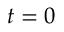
t = 0